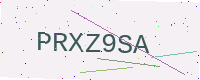
Text: PRXZ9SA